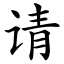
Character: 请